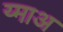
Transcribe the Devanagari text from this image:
य्माअ